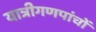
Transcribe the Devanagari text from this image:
यात्रीगणपांचों